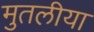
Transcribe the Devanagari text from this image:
मुतलीया